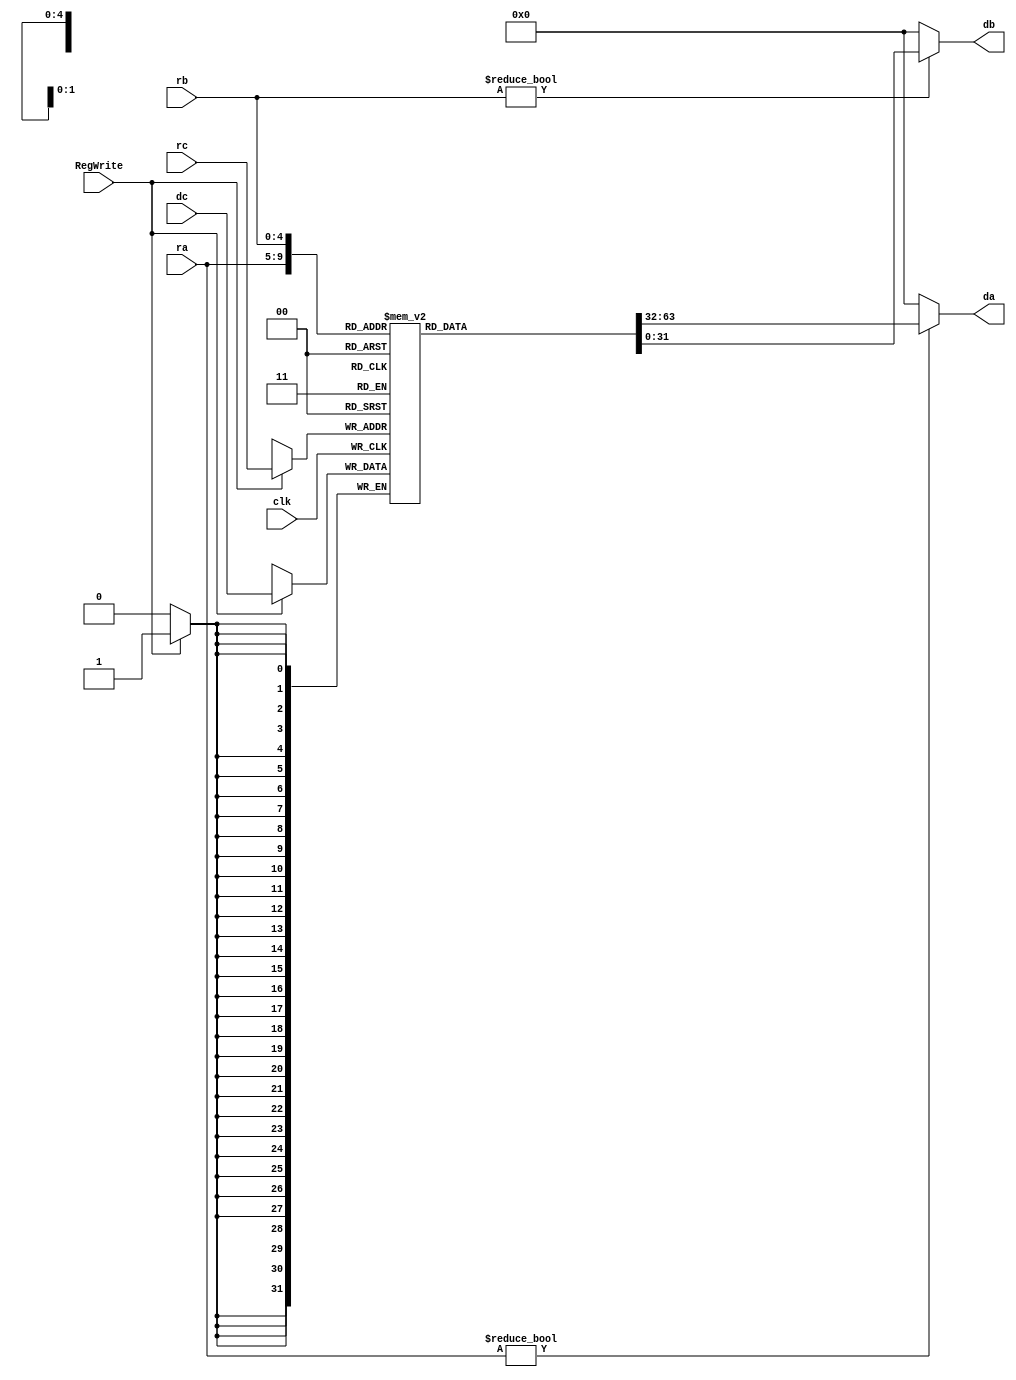
module rf(clk,RegWrite,ra,rb,rc,da,db,dc);
input clk;
input RegWrite;
input [4:0] ra; //read register 1 (instr 25-21)
input [4:0] rb; //read register 2 (instr 20-16)
input [4:0] rc; //write register (out mux instr)
input [31:0] dc; //write data (out mux data)
output [31:0] da; // read data 1
output [31:0] db; // read data 2

reg [31:0] memory [31:0]; //32 32-bit registers

assign da=(ra!=0)?memory[ra]:0;
assign db=(rb!=0)?memory[rb]:0;

always@(posedge clk) begin
    if(RegWrite==1'b1) begin
        memory[rc]<=dc;
    end
    
end


endmodule